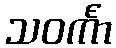
သဝင်္ကာ